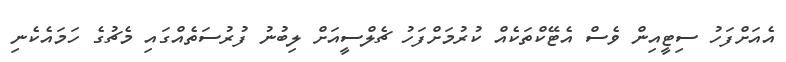
އެއަށްފަހު ސިޓީއިން ވެސް އެޓޭކްތަކެއް ކުރުމަށްފަހު ޗެލްސީއަށް ލިބުނު ފުރުސަތެއްގައި މެޗުގެ ހަމައެކެނި